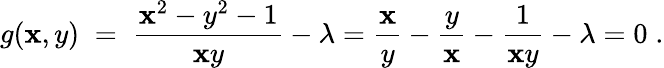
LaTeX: g(\mathbf{x},y)\; =\; {\frac{{\mathbf{x}^{2}-y^{2}-1}}{{\mathbf{x}y}}}-\lambda={\frac{{\mathbf{x}}}{{y}}}-{\frac{{y}}{{\mathbf{x}}}}-{\frac{{1}}{{\mathbf{x}y}}}-\lambda=0\; .